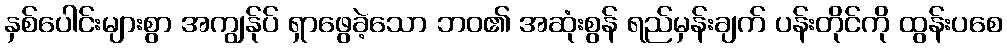
နှစ်ပေါင်းများစွာ အကျွန်ုပ် ရှာဖွေခဲ့သော ဘဝ၏ အဆုံးစွန် ရည်မှန်းချက် ပန်းတိုင်ကို ထွန်းပစေ